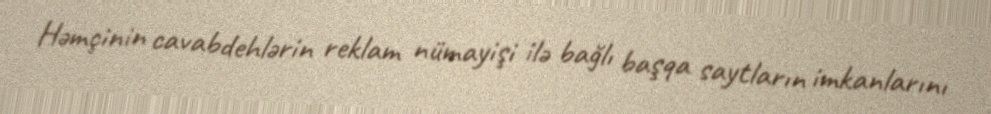
Həmçinin cavabdehlərin reklam nümayişi ilə bağlı başqa saytların imkanlarını